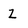
Character: Z